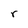
Character: r